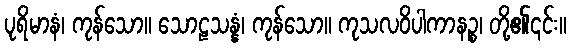
ပုရိမာနံ၊ ကုန်သော။ သောဠသန္နံ၊ ကုန်သော။ ကုသလဝိပါကာနဉ္စ၊ တို့၏၎င်း။